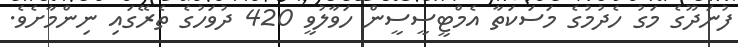
ފުނަދޫގެ މަގު ހެދުމުގެ މަސަކަތާ އެމްޓީސީސީން ހަވާލުވީ 420 ދުވަހުގެ ތެރޭގައި ނިންމާށެވެ.